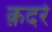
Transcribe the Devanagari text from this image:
क़दरे